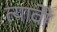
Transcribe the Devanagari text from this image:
त्यावेी